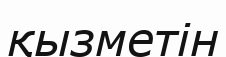
қызметін